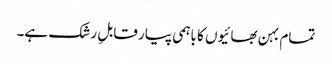
تمام بہن بھائیوں کا باہمی پیار قابلِ رشک ہے۔